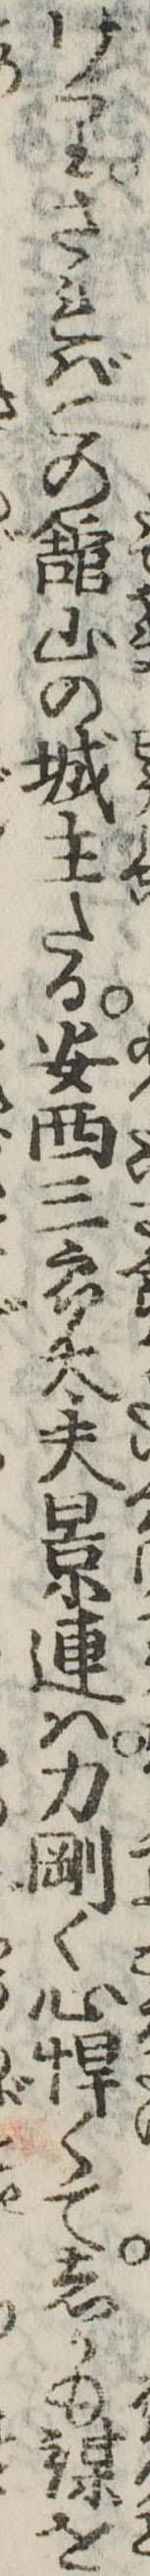
けりさればこの館山の城主たる安西三郎大夫景連は力剛く心悍くてしかも謀を